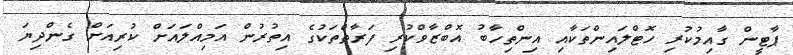
ޕާޓީން ގާއިމުކުރި ހޮޓްލައިންތަކާއި އިންތިހާބު އޮބްޒާވްކުރި ފަރާތްތަކުގެ އިތުރުން އަމިއްލައަށް ކުރިއަށް ގެންދިޔަ